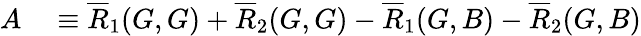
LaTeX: \begin{array}{rl}{A}&{{}\equiv\overline{{R}}_{1}(G,G)+\overline{{R}}_{2}(G,G)-\overline{{R}}_{1}(G,B)-\overline{{R}}_{2}(G,B)}\end{array}